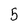
Character: 5